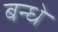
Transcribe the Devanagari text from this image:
बन्धें